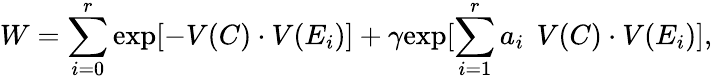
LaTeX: W=\sum_{i=0}^{r}\mathrm{exp}[-V(C)\cdot V(E_{i})]+\gamma\mathrm{exp}[\sum_{i=1}^{r}a_{i}\: \: V(C)\cdot V(E_{i})],